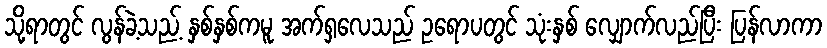
သို့ရာတွင် လွန်ခဲ့သည့် နှစ်နှစ်ကမူ အက်ရှလေသည် ဥရောပတွင် သုံးနှစ် လျှောက်လည်ပြီး ပြန်လာကာ